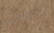
يبكون